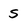
Character: s